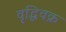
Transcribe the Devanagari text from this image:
वृद्धिवक्र